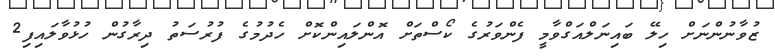
ޒުވާނުންނަށް ހިލޭ ބައިނަލްއަގްވާމީ ފެންވަރުގެ ކޯސްތަށް އޮންލައިންކޮށް ހެދުމުގެ ފުރުސަތު ދިރާގުން ހުޅުވާލައިފި2